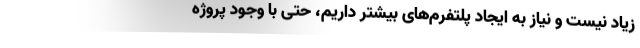
زیاد نیست و نیاز به ایجاد پلتفرم‌های بیشتر داریم، حتی با وجود پروژه